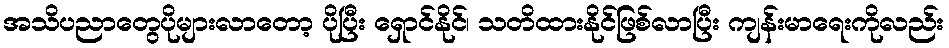
အသိပညာတွေပိုများလာတော့ ပိုပြီး ရှောင်နိုင်၊ သတိထားနိုင်ဖြစ်လာပြီး ကျန်းမာရေးကိုလည်း